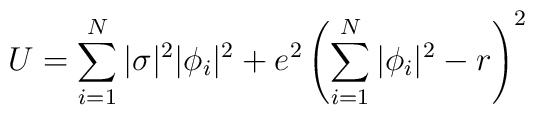
U=\sum_{i=1}^{N}|\sigma|^{2}|\phi_{i}|^{2} + e^{2}\left(\sum_{i=1}^{N}|\phi_{i}|^{2}-r\right)^{2}